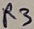
Text: R3